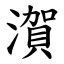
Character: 㵑